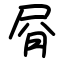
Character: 㞕